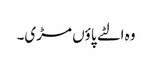
وہ الٹے پاؤں مڑی۔